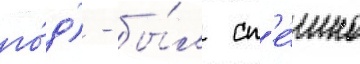
го́д) - бы́л сп'е́шно